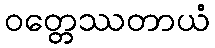
ဝတ္တေဿတာယံ